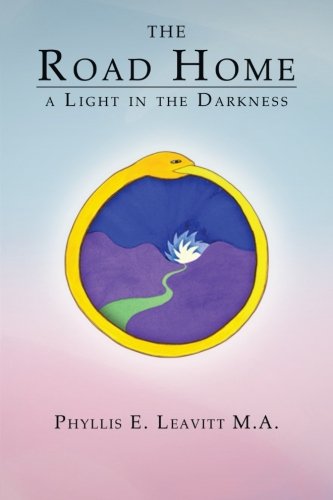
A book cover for The Road Home: A Light in the Darkness; Phyllis E. Leavitt M.A.; Self-Help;